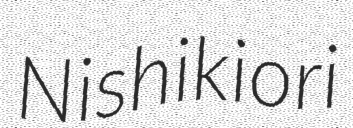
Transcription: Nishikiori